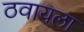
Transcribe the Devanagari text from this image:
ठवायला